Junior Leaving Certificate, 1939
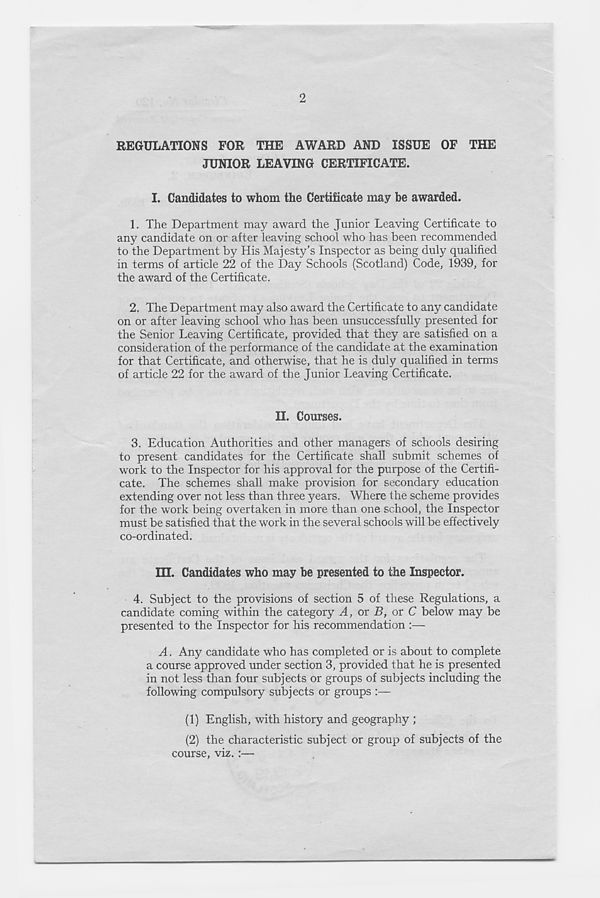
2
REGULATIONS FOR THE AWARD AND ISSUE OF THE
JUNIOR LEAVING CERTIFICATE.
I.
Candidates to whom
1. The Department may award the Junior Leaving Certificate to
any candidate on or after leaving school who has been recommended
to the Department by His Majesty’s Inspector as being duly qualified
in terms of article 22 of the Day Schools (Scotland) Code, 1939, for
the award of the Certificate.
2. The Department may also award the Certificate to any candidate
on or after leaving school who has been unsuccessfully presented for
the Senior Leaving Certificate, provided that they are satisfied on a
consideration of the performance of the candidate at the examination
for that Certificate, and otherwise, that he is duly qualified in terms
of article 22 for the award of the Junior Leaving Certificate.
II.
C
3. Education Authorities and other managers of schools desiring
to present candidates for the Certificate shall submit schemes of
work to the Inspector for his approval for the purpose of the Certifi-
cate. The schemes shall make provision for secondary education
extending over not less than three years. Where the scheme provides
for the work being overtaken in more than one school, the Inspector
must be satisfied that the work in the several schools will be effectively
co-ordinated.
III.
Candidates w
4. Subject to the provisions of section 5 of these Regulations, a
candidate coming within the category M, or R, or C below may be
presented to the Inspector for his recommendation :—
A. Any candidate who has completed or is about to complete
a course approved under section 3, provided that he is presented
in not less than four subjects or groups of subjects including the
following compulsory subjects or groups :—
(1) English, with history and geography ;
(2) the characteristic subject or group of subjects of the
course, viz. :—